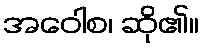
အဝေါစ၊ ဆို၏။